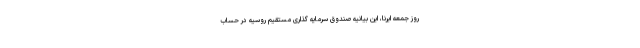
روز جمعه ایرنا، این بیانیه صندوق سرمایه گذاری مستقیم روسیه در حساب